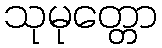
သုမုတ္တော